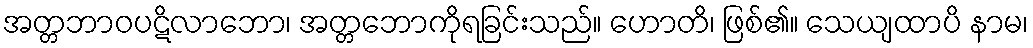
အတ္တဘာဝပဋိလာဘော၊ အတ္တဘောကိုရခြင်းသည်။ ဟောတိ၊ ဖြစ်၏။ သေယျထာပိ နာမ၊